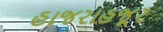
હાજરાહજૂર